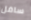
سافل